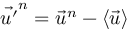
\vec { u ^ { \prime } } ^ { n } = \vec { u } ^ { n } - \langle \vec { u } \rangle